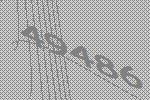
49486